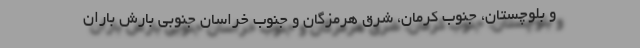
و بلوچستان، جنوب کرمان، شرق هرمزگان و جنوب خراسان جنوبی بارش باران